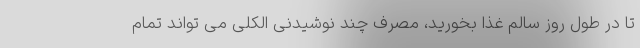
تا در طول روز سالم غذا بخورید، مصرف چند نوشیدنی الکلی می تواند تمام